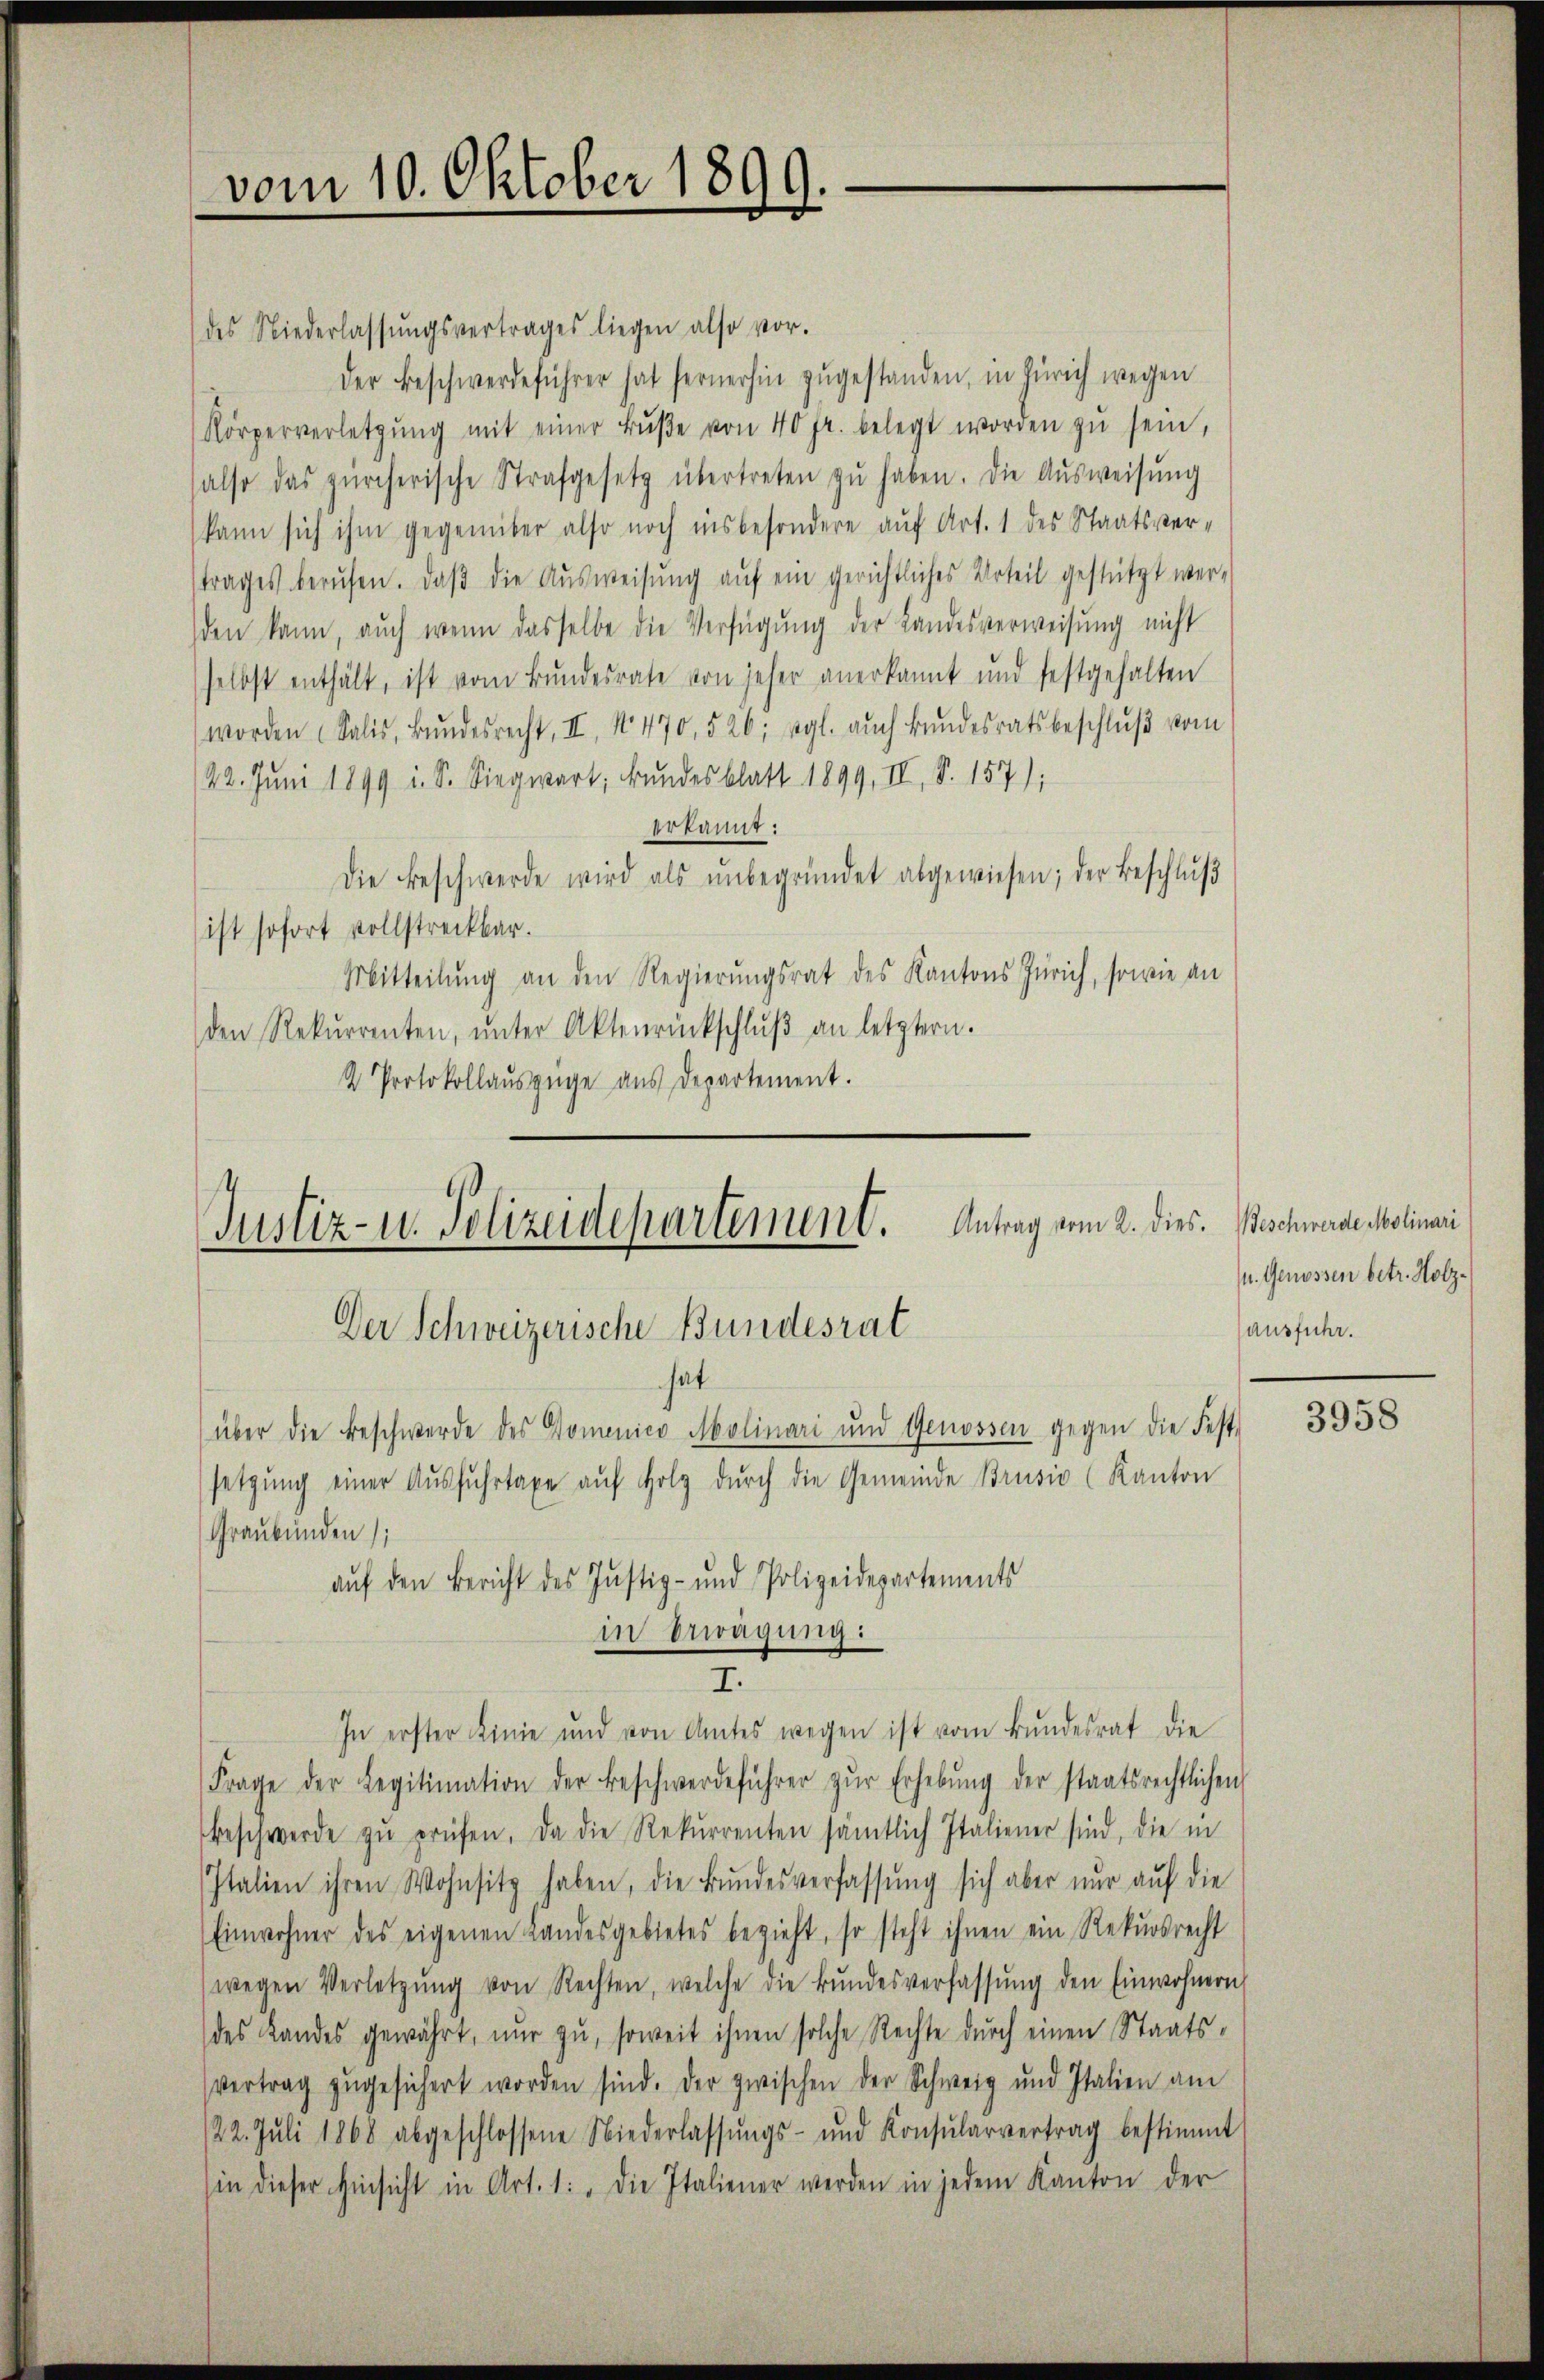
vom 10. Oktober 189
e

des Niederlassŭngsvertrages liegen also vor.
der Beschwerdeführer hat fernerhin zugestanden, in Zürich wegen
Körperverletzŭng mit einer Bŭβe von 40 fr. belegt worden zŭ sein,
also das zürcherische Strafgesetz übertreten zŭ haben. Die Aŭsweisŭng
(kann sich ihm gegenüber also noch insbesondere auf Art. 1 des Staatsver-
trages berufen. Daβ die Aŭsweisŭng aŭf ein gerichtliches Urteil gestützt wer-
den kann, auch wenn dasselbe die Verfügŭng der Landesverweisung nicht
selbst enthält, ist vom Bŭndesrate von jeher anerkannt und festgehalten
worden Salis, Bŭndesrecht, II, No. 470, 526, vgl. auch Bŭndesratsbeschlŭβ vom
/22. Juni 1899 i. S. Siegwart, undesblatt 1899, II, S. 157);
erkannt:
Die Beschwerde wird als ŭnbegründet abgewiesen; der Beschlŭβ
ist sofort vollstreckbar.
Mitteilung an den Regierungsrat des Kantons Zürich, sowie an
den Rekurrenten, ŭnter Aktenrückschlŭβ an letztern.
2 Protokollauszüge aus Departement.

Justiz- u. Polizeidepartement. Antrag vom 2. dies
Der Schweizerische Bundesrat
hat

über die Beschwerde des Domenico Molinari und Genossen gegen die Fest-
setzŭng einer Aŭsfŭhrtaxe aŭf Holz dŭrch die Gemeinde Brusio (Kanton
Graubünden;
in Erwägung:
In erster Linie und von Amtes wegen ist vom Bundesrat die
Frage der Legitimation der Beschwerdeführer zŭr Erhebŭng der staatsrechtlichen
Beschwerde zŭ prüfen. Da die Rekurrenten sämtlich Italiener sind, die in
Italien ihren Wohnsitz haben, die Bŭndesverfassŭng sich aber nur auf die
Einwohner des eigenen Landesgebietes bezieht, so steht ihnen ein Rekŭrsrecht
(wegen Verletzŭng von Rechten, welche die Bŭndesverfassŭng den Einwohnern
des Landes gewährt, nur zu, soweit ihnen solche Rechte durch einen Staats¬
Vertrag zŭgesichert worden sind. Der zwischen der Schweig und Italien am
/22. Juli 1868 abgeschlossene Niederlassŭngs- und Konsŭlarvertrag bestimmt
in dieser Hinsicht in Art. 1: „Die Italiener werden in jedem Kanton der

auf den Bericht des Justiz- und Polizeidepartements

I.

Beschwerde Molinari
u. Genossen betr. Holzausfuhr.

3958